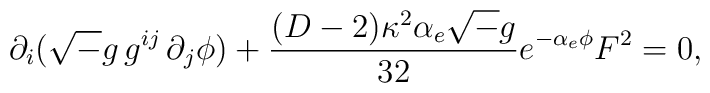
\partial_{i} ({\sqrt -g}\, g^{ij}\, \partial_{j} \phi) + {(D-2) \kappa^{2} \alpha_{e} {\sqrt -g} \over  32} e^{-\alpha_{e} \phi} F^2 = 0  ,